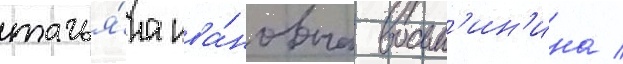
татья́на ива́новна восьм'ин'ина /